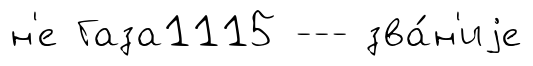
н'е Газа1115 --- зва́н'иjе